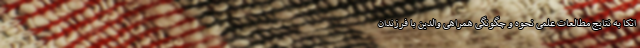
اتکا به نتایج مطالعات علمی نحوه و چگونگی همراهی والدین با فرزندان